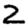
Digit: 2